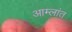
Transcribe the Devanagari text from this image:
आम्लांत